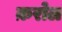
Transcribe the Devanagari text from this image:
क़रोल